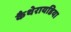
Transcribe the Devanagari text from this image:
कैथेरायडिया